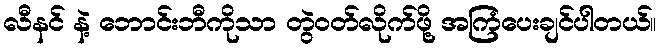
လီနင် နဲ့ ဘောင်းဘီကိုသာ တွဲဝတ်လိုက်ဖို့ အကြံပေးချင်ပါတယ်။